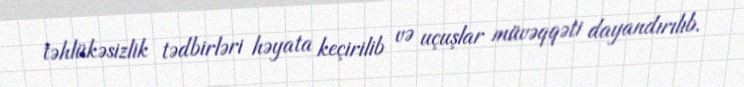
təhlükəsizlik tədbirləri həyata keçirilib və uçuşlar müvəqqəti dayandırılıb.